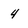
Character: 4